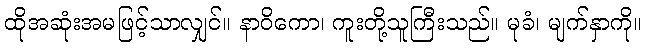
ထိုအဆုံးအမဖြင့်သာလျှင်။ နာဝိကော၊ ကူးတို့သူကြီးသည်။ မုခံ၊ မျက်နှာကို။